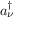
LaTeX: a _ { \nu } ^ { \dagger }